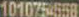
101075-558